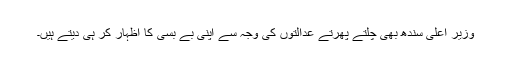
وزیر اعلیٰ سندھ بھی چلتے پھرتے عدالتوں کی وجہ سے اپنی بے بسی کا اظہار کر ہی دیتے ہیں۔